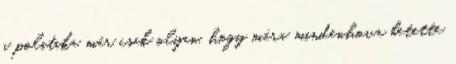
a politika már csak olyan, hogy mára mindenhova betette